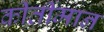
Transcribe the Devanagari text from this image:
कीर्तीमान